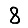
Digit: 8